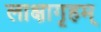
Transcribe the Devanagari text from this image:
लाक्षागृहम्